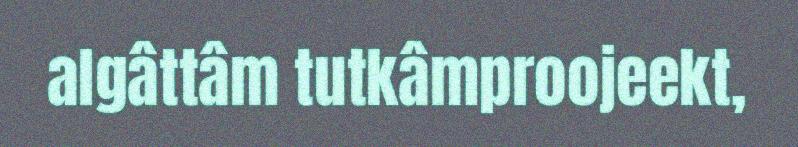
algâttâm tutkâmproojeekt,